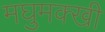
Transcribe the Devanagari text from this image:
मघुमक्खी